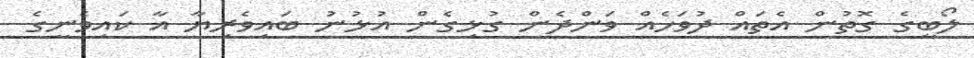
ލޯބީގެ ގޮތުން އެތައް ދުވަހެއް ވަންދެން ގުޅިގެން އުޅުނު ބައިވެރިޔާ އާ ކައިވެނީގެ